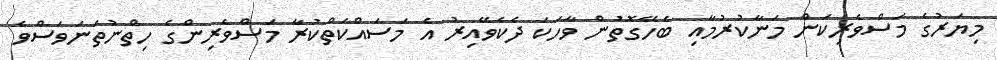
މިޔަރުގެ މަސްވެރިކަން މަނާކުރުމާއި ބެހޭގޮތުން ވާހަކަ ދެކެވޭއިރު އެ މަސައްކަތްކުރާ މަސްވެރިންގެ ހިތްނުތަނަވަސްވެ